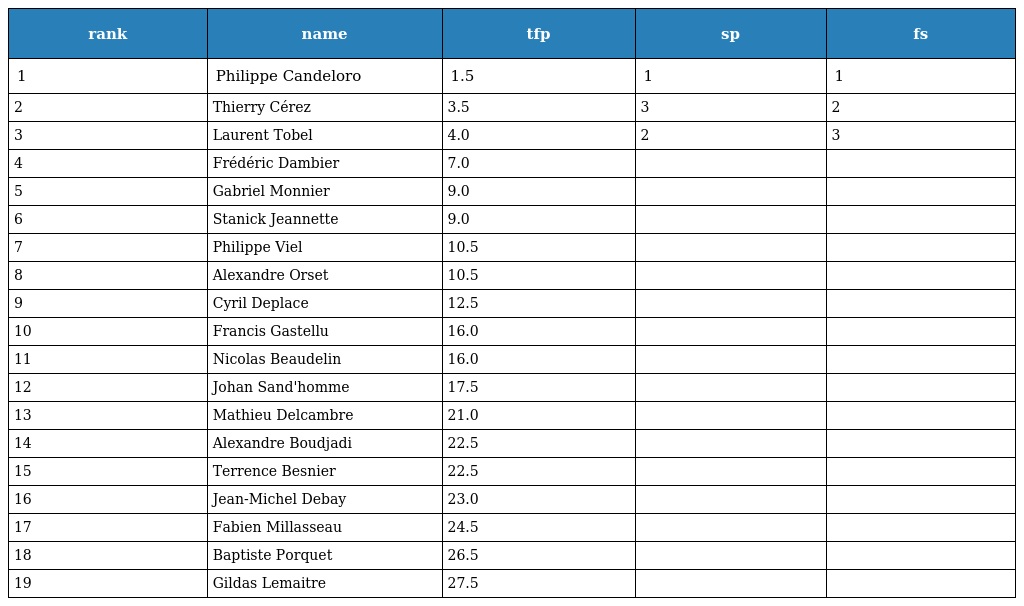
| rank | name | tfp | sp | fs |
 | --- | --- | --- | --- | --- |
 | 1 | Philippe Candeloro | 1.5 | 1 | 1 |
 | 2 | Thierry Cérez | 3.5 | 3 | 2 |
 | 3 | Laurent Tobel | 4.0 | 2 | 3 |
 | 4 | Frédéric Dambier | 7.0 |  |  |
 | 5 | Gabriel Monnier | 9.0 |  |  |
 | 6 | Stanick Jeannette | 9.0 |  |  |
 | 7 | Philippe Viel | 10.5 |  |  |
 | 8 | Alexandre Orset | 10.5 |  |  |
 | 9 | Cyril Deplace | 12.5 |  |  |
 | 10 | Francis Gastellu | 16.0 |  |  |
 | 11 | Nicolas Beaudelin | 16.0 |  |  |
 | 12 | Johan Sand'homme | 17.5 |  |  |
 | 13 | Mathieu Delcambre | 21.0 |  |  |
 | 14 | Alexandre Boudjadi | 22.5 |  |  |
 | 15 | Terrence Besnier | 22.5 |  |  |
 | 16 | Jean-Michel Debay | 23.0 |  |  |
 | 17 | Fabien Millasseau | 24.5 |  |  |
 | 18 | Baptiste Porquet | 26.5 |  |  |
 | 19 | Gildas Lemaitre | 27.5 |  |  |